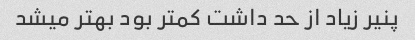
پنیر زیاد از حد داشت کمتر بود بهتر میشد